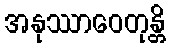
အနုဿာဝေတုန္တိ